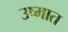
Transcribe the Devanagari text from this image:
उष्मात